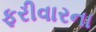
ફરીવારના